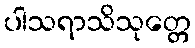
ပါသရာသိသုတ္တေ